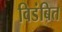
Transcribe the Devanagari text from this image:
विडंबित